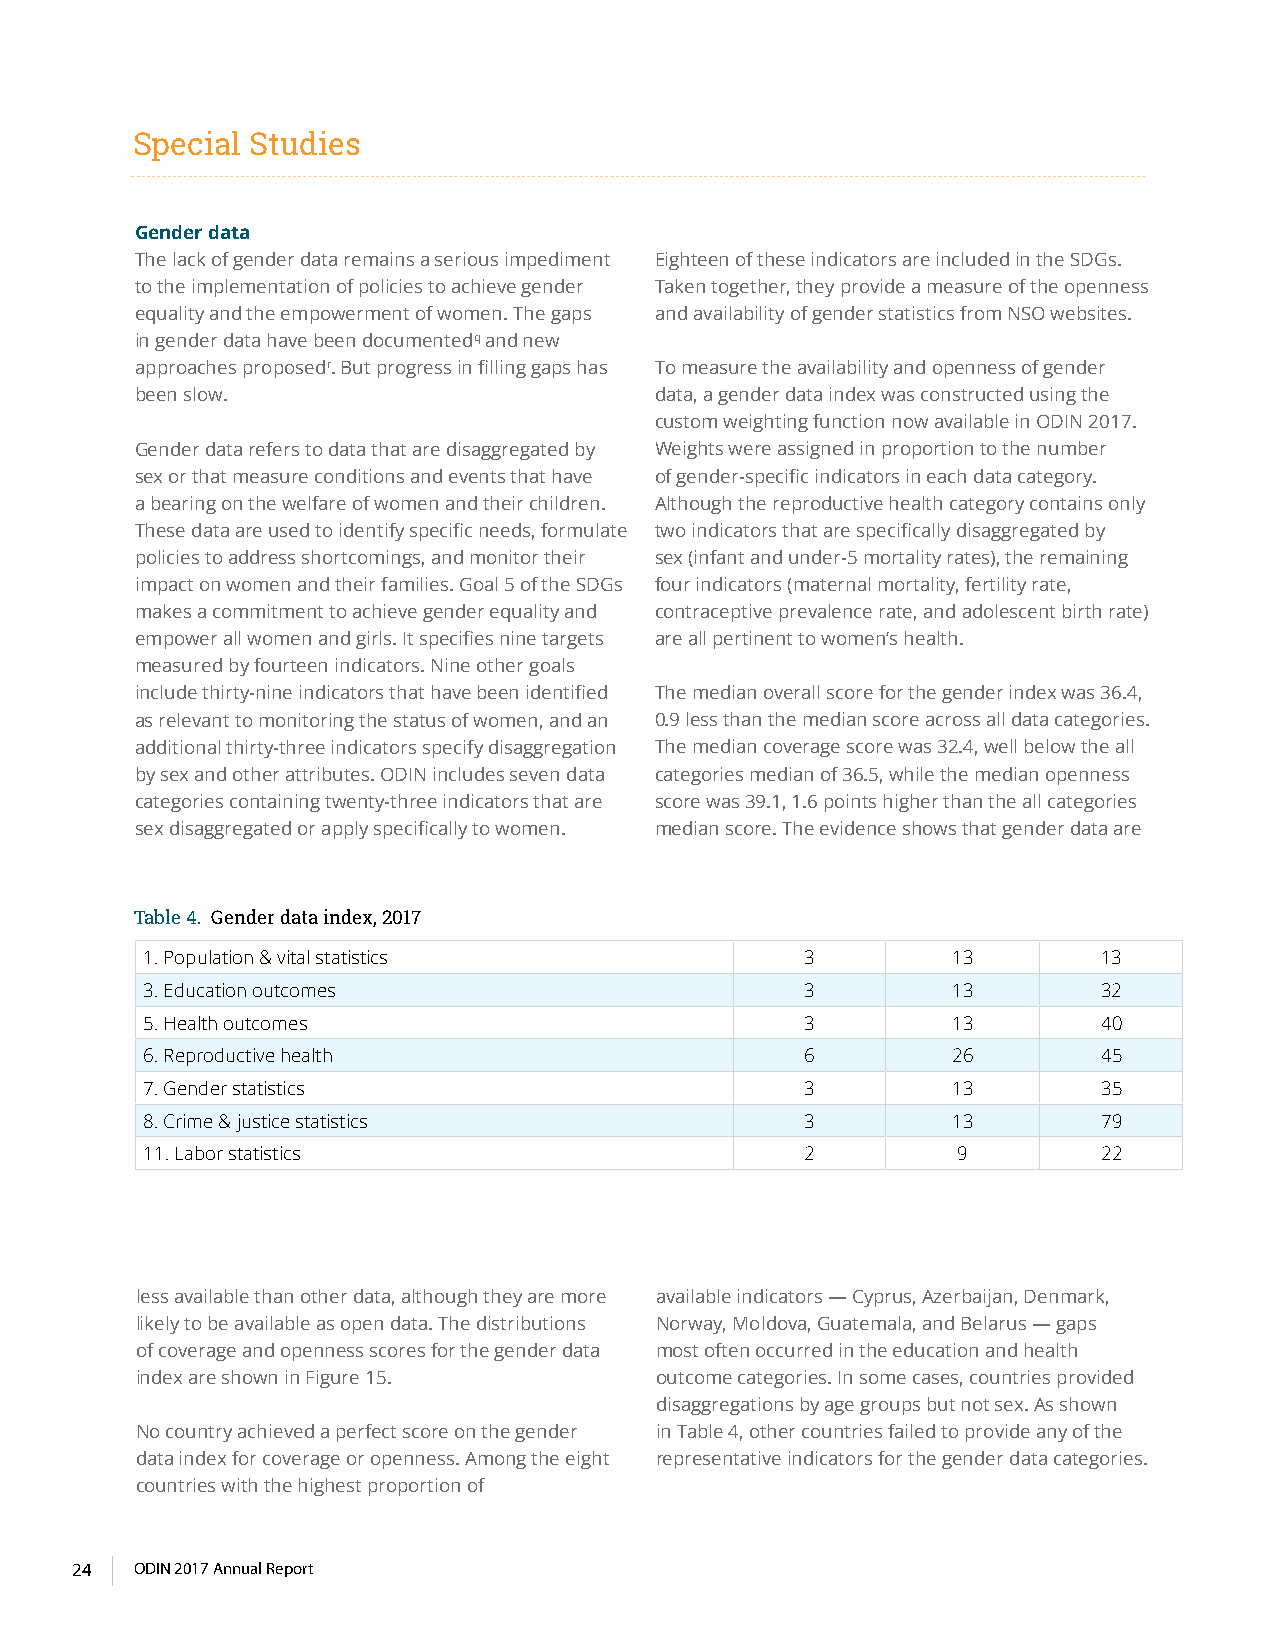
Special Studies
 Gender data
 The lack of gender data remains a serious impediment Eighteen of these indicators are included in the SDGs.
 to the implementation of policies to achieve gender Taken together, they provide a measure of the openness
 equality and the empowerment of women. The gaps and availability of gender statistics from NSO websites.
 in gender data have been documentedq and new
 approaches proposedr. But progress in filling gaps has To measure the availability and openness of gender
 been slow.                        data, a gender data index was constructed using the
 custom weighting function now available in ODIN 2017.
 Gender data refers to data that are disaggregated by Weights were assigned in proportion to the number
 sex or that measure conditions and events that have of gender-specific indicators in each data category.
 a bearing on the welfare of women and their children. Although the reproductive health category contains only
 These data are used to identify specific needs, formulate two indicators that are specifically disaggregated by
 policies to address shortcomings, and monitor their sex (infant and under-5 mortality rates), the remaining
 impact on women and their families. Goal 5 of the SDGs four indicators (maternal mortality, fertility rate,
 makes a commitment to achieve gender equality and contraceptive prevalence rate, and adolescent birth rate)
 empower all women and girls. It specifies nine targets are all pertinent to women’s health.
 measured by fourteen indicators. Nine other goals
 include thirty-nine indicators that have been identified The median overall score for the gender index was 36.4,
 as relevant to monitoring the status of women, and an 0.9 less than the median score across all data categories.
 additional thirty-three indicators specify disaggregation The median coverage score was 32.4, well below the all
 by sex and other attributes. ODIN includes seven data categories median of 36.5, while the median openness
 categories containing twenty-three indicators that are score was 39.1, 1.6 points higher than the all categories
 sex disaggregated or apply specifically to women. median score. The evidence shows that gender data are
 Table 4. Gender data index, 2017
 1. Population & vital statistics            3         13        13
 3. Education outcomes                       3         13        32
 5. Health outcomes                          3         13        40
 6. Reproductive health                      6         26        45
 7. Gender statistics                        3         13        35
 8. Crime & justice statistics               3         13        79
 11. Labor statistics                        2         9         22
 less available than other data, although they are more available indicators — Cyprus, Azerbaijan, Denmark,
 likely to be available as open data. The distributions Norway, Moldova, Guatemala, and Belarus — gaps
 of coverage and openness scores for the gender data most often occurred in the education and health
 index are shown in Figure 15.     outcome categories. In some cases, countries provided
 disaggregations by age groups but not sex. As shown
 No country achieved a perfect score on the gender in Table 4, other countries failed to provide any of the
 data index for coverage or openness. Among the eight representative indicators for the gender data categories.
 countries with the highest proportion of
 24  ODIN 2017 Annual Report